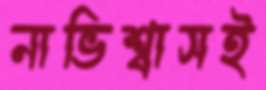
নাভিশ্বাসই